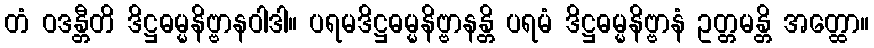
တံ ဝဒန္တီတိ ဒိဋ္ဌဓမ္မနိဗ္ဗာနဝါဒါ။ ပရမဒိဋ္ဌဓမ္မနိဗ္ဗာနန္တိ ပရမံ ဒိဋ္ဌဓမ္မနိဗ္ဗာနံ ဥတ္တမန္တိ အတ္ထော။